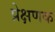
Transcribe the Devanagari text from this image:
प्रेक्षणक